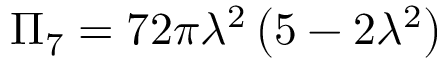
\Pi _ { 7 } = 7 2 \pi \lambda ^ { 2 } \left( 5 - 2 \lambda ^ { 2 } \right)